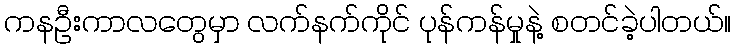
ကနဦးကာလတွေမှာ လက်နက်ကိုင် ပုန်ကန်မှုနဲ့ စတင်ခဲ့ပါတယ်။